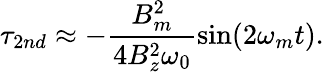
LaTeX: \tau_{2nd}\approx-\frac{B_{m}^{2}}{4B_{z}^{2}\omega_{0}}\sin(2\omega_{m}t).